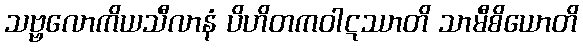
သဗ္ဗလောကိယသီလာနံ ပိဟိတကဝါဋဿာတိ သာမီစိယောတိ